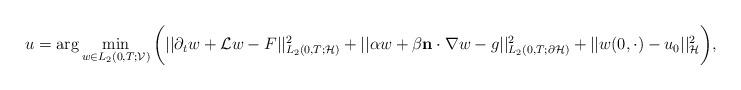
LaTeX: \begin{align*}u=\arg\min_{w\in L_2(0,T;\mathcal{V})}\bigg( || \partial_t w + \mathcal{L}w -F||^2_{L_2(0,T;\mathcal{H})} + || \alpha w +\beta\mathbf{n}\cdot \nabla w- g ||^2_{L_2(0,T;\partial \mathcal{H})} + || w(0,\cdot) - u_0 ||^2_{\mathcal{H}}\bigg),\end{align*}